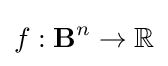
f:\mathbf {B} ^{n}\to \mathbb {R}